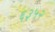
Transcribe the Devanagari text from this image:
६३५२